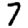
Digit: 7